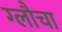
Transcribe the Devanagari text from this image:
ग्लौचा